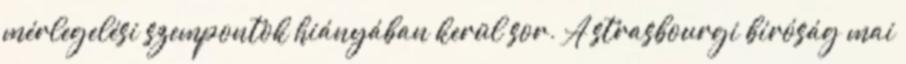
mérlegelési szempontok hiányában kerül sor. A strasbourgi bíróság mai